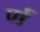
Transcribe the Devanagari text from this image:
र्ण